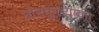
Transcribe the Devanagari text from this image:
गैरकृत्यांना